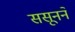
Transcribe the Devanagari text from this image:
ससूनने